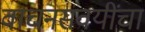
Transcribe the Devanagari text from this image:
वाचनसवयींचा